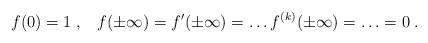
LaTeX: \begin{align*}f(0)= 1 \;, \;\;\; f(\pm \infty) = f'(\pm \infty) = \ldots f^{(k)} (\pm \infty) = \ldots = 0 \;.\end{align*}